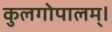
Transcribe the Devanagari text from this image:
कुलगोपालम्‌।